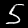
Label: 5